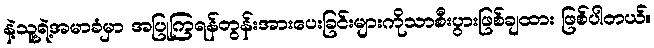
နဲ့သူ့ရဲ့အမာခံမှာ အပြုကြရန်တွန်းအားပေးခြင်းများကိုသာစီးပွားဖြစ်ချထား ဖြစ်ပါတယ်။